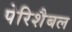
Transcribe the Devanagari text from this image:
पेरिशैबल